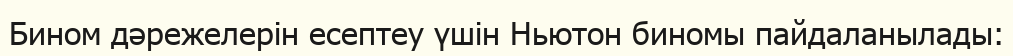
Бином дәрежелерін есептеу үшін Ньютон биномы пайдаланылады: